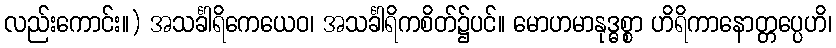
လည်းကောင်း။) အသင်္ခါရိကေယေဝ၊ အသင်္ခါရိကစိတ်၌ပင်။ မောဟမာနုဒ္ဓစ္စာ ဟိရိကာနောတ္တပ္ပေဟိ၊